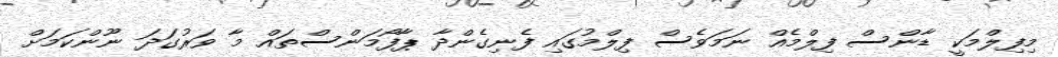
މިފިލްމަކީ ޑާންސް ފިލްމެއް ނަމަވެސް ފިލްމުގައި ފެނިގެންދާ ޕާފޯމަންސްތައް މާ ވަރުގަދަ ނޫންކަަމަށް